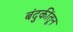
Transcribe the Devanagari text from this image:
बंदुकींतून